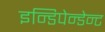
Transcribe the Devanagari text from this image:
इन्डिपेन्डेन्ट